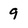
Character: 9